Lunatic asylums in Bengal annual reports 1888-1898 - 1888-1898
Year: 1888
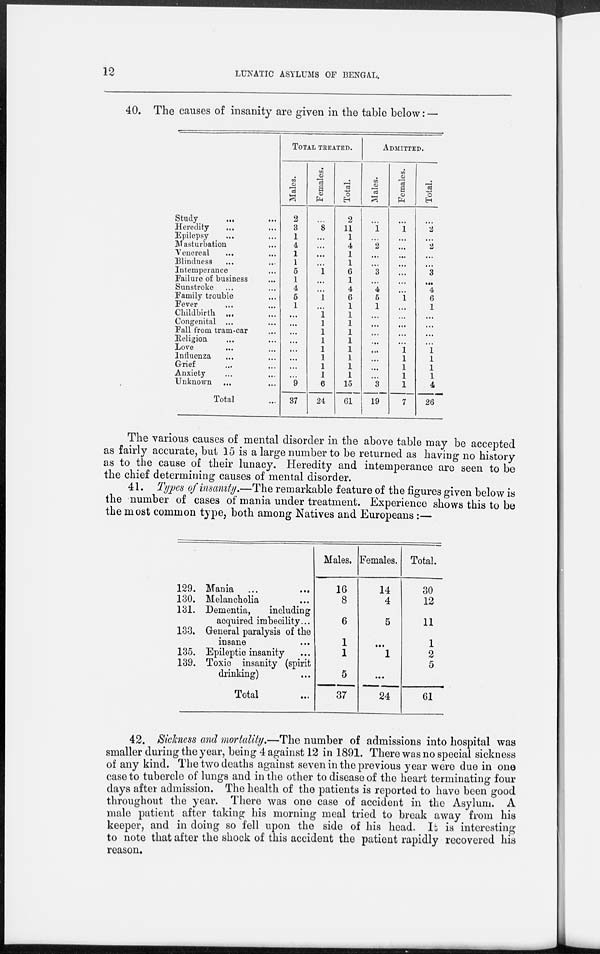
12
LUNATIC ASYLUMS OF BENGAL.
40. The causes of insanity are given in the table below: —
Study
... ...
Heredity ... ...
Epilepsy ... ...
Masturbation ...
Venereal ... ...
Blindness ... ...
Intemperance ...
Failure of business ...
Sunstroke ... ...
Family trouble ...
Fever ... ...
Childbirth ... ...
Congenital ... ...
Fall from tram-car ...
Religion ... ...
Love ... ...
Influenza ... ...
Grief ... ...
Anxiety ... ...
Unknown
... ...
Total ...
TOTAL TREATED.
Males.
2
3
1
4
1
1
5
1
4
5
1
...
...
...
...
...
...
...
...
9
37
Females.
...
8
...
...
...
...
1
...
...
1
...
1
1
1
1
1
1
1
1
6
24
Total.
2
11
1
4
1
1
6
1
4
6
1
1
1
1
1
1
1
1
1
15
61
ADMITTED.
Males.
...
1
...
2
...
...
3
...
4
5
1
...
...
...
...
...
...
...
...
3
19
Females.
...
1
...
...
...
...
...
...
...
1
...
...
...
...
...
1
1
1
1
1
7
Total.
...
2
...
2
...
...
3
...
4
6
1
...
...
...
...
1
1
1
1
4
26
The various causes of mental disorder in the above table may be accepted
as fairly accurate, but 15 is a large number to be returned as having no history
as to the cause of their lunacy. Heredity and intemperance are seen to be
the chief determining causes of mental disorder.
41. Types of insanity.—The remarkable feature of the figures given below is
the number of cases of mania under treatment. Experience shows this to be
the most common type, both among Natives and Europeans :—
129. Mania ... ...
130. Melancholia ...
131. Dementia,
including
acquired imbecility ...
133. General paralysis of the
insane ...
135. Epileptic insanity ...
139. Toxic insanity (spirit
drinking) ...
Total ...
Males.
16
8
6
1
1
5
37
Females.
14
4
5
...
1
...
24
Total.
30
12
11
1
2
5
61
42. Sickness and mortality.—The number of admissions into hospital was
smaller during the year, being 4 against 12 in 1891. There was no special sickness
of any kind. The two deaths against seven in the previous year were due in one
case to tubercle of lungs and in the other to disease of the heart terminating four
days after admission. The health of the patients is reported to have been good
throughout the year. There was one case of accident in the Asylum. A
male patient after taking his morning meal tried to break away from his
keeper, and in doing so fell upon the side of his head. It is interesting
to note that after the shock of this accident the patient rapidly recovered his
reason.